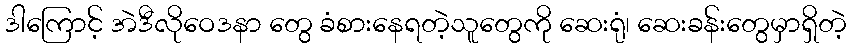
ဒါကြောင့် အဲဒီလိုဝေဒနာ တွေ ခံစားနေရတဲ့သူတွေကို ဆေးရုံ၊ ဆေးခန်းတွေမှာရှိတဲ့